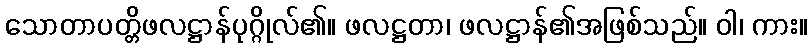
သောတာပတ္တိဖလဋ္ဌာန်ပုဂ္ဂိုလ်၏။ ဖလဋ္ဌတာ၊ ဖလဋ္ဌာန်၏အဖြစ်သည်။ ဝါ၊ ကား။